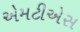
એમટીએસ